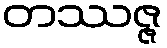
တဿဇ္ဇ